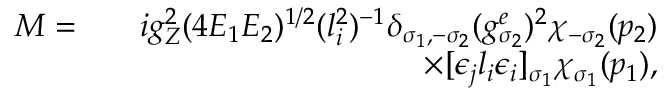
\begin{array} { r l r } { { \cal M } = } & { } & { i g _ { Z } ^ { 2 } ( 4 E _ { 1 } E _ { 2 } ) ^ { 1 / 2 } ( l _ { i } ^ { 2 } ) ^ { - 1 } \delta _ { \sigma _ { 1 } , - \sigma _ { 2 } } ( g _ { \sigma _ { 2 } } ^ { e } ) ^ { 2 } \chi _ { - \sigma _ { 2 } } ( p _ { 2 } ) } \\ & { } & { \times [ \epsilon _ { j } l _ { i } \epsilon _ { i } ] _ { \sigma _ { 1 } } \chi _ { \sigma _ { 1 } } ( p _ { 1 } ) , } \end{array}